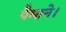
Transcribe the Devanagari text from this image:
पैमाने।